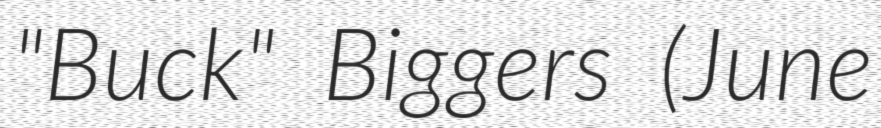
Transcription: "Buck" Biggers (June